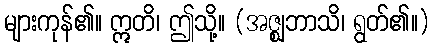
များကုန်၏။ ဣတိ၊ ဤသို့။ (အဇ္ဈဘာသိ၊ ရွတ်၏။)